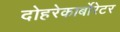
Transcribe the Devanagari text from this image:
दोहरेकार्बोरेटर